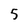
Character: 5